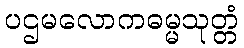
ပဌမလောကဓမ္မသုတ္တံ